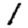
Digit: 1